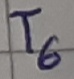
Text: T6